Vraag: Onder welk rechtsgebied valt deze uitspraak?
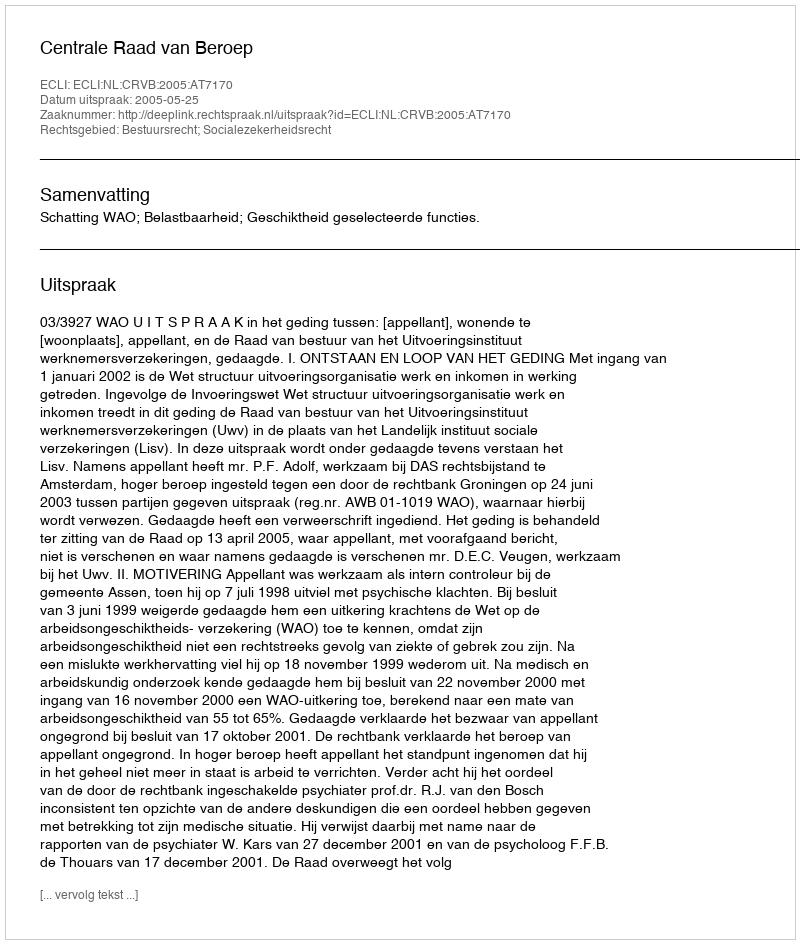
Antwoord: Bestuursrecht; Socialezekerheidsrecht